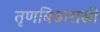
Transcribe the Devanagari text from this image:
तृणबिढारासी